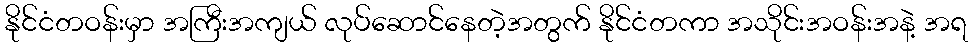
နိုင်ငံတဝန်းမှာ အကြီးအကျယ် လုပ်ဆောင်နေတဲ့အတွက် နိုင်ငံတကာ အသိုင်းအဝန်းအနဲ့ အရ